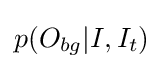
p(O_{bg}|I,I_{t})